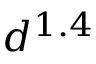
d ^ { 1 . 4 }